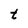
Character: t